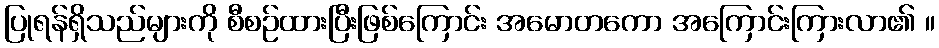
ပြုရန်ရှိသည်များကို စီစဉ်ထားပြီးဖြစ်ကြောင်း အမောတကော အကြောင်းကြားလာ၏ ။